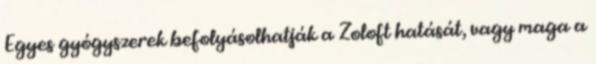
Egyes gyógyszerek befolyásolhatják a Zoloft hatását, vagy maga a